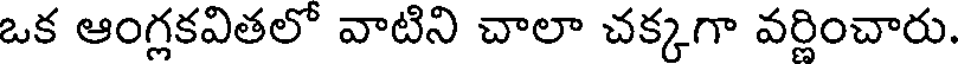
ఒక ఆంగ్లకవితలో వాటిని చాలా చక్కగా వర్ణించారు.